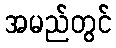
အမည်တွင်